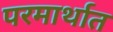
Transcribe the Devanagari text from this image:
परमार्थात